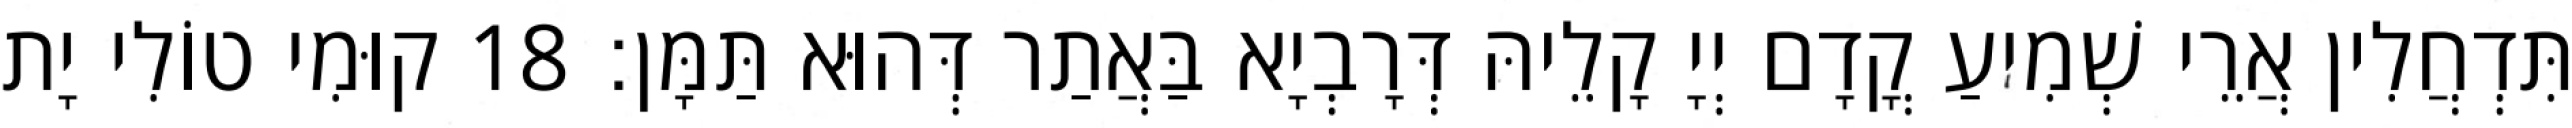
תִּדְחֲלִין אֲרֵי שְׁמִיעַ קֳדָם יְיָ קָלֵיהּ דְּרָבְיָא בַּאֲתַר דְּהוּא תַּמָּן׃ 18 קוּמִי טוֹלִי יָת